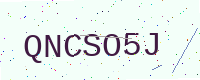
Text: QNCSO5J